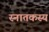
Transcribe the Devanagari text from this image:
स्नातकस्य